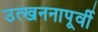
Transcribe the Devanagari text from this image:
उत्खननापूर्वी